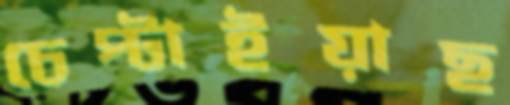
চেপ্‌টাইয়াছ